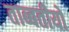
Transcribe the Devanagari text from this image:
ताब्बतीयों